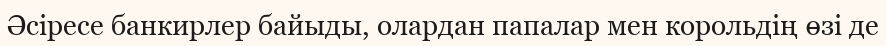
Әсіресе банкирлер байыды, олардан папалар мен корольдің өзі де